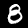
Digit: 8